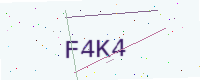
Text: F4K4